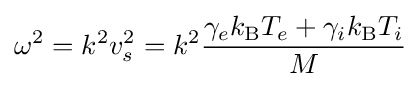
\omega ^{2}=k^{2}v_{s}^{2}=k^{2}{\frac {\gamma _{e}k_{\text{B}}T_{e}+\gamma _{i}k_{\text{B}}T_{i}}{M}}